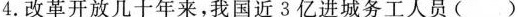
4.改革开放几十年来，我国近3亿进城务工人员()